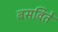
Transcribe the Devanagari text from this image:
बसविते